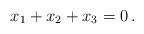
LaTeX: \begin{align*}x_1+x_2+x_3 = 0 \,.\end{align*}